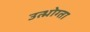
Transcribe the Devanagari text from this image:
उत्भोग्ता